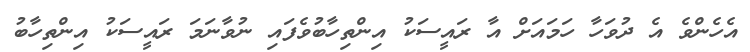
އެހެންވެ އެ ދުވަހާ ހަމައަށް އާ ރައީސަކު އިންތިހާބުވެފައި ނުވާނަމަ ރައީސަކު އިންތިހާބު